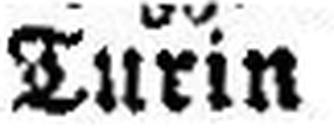
Turin